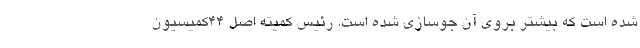
شده است که بیشتر بروی آن جوسازی شده است. رئیس کمیته اصل ۴۴کمیسیون